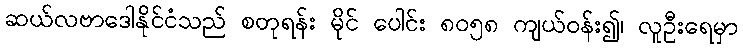
ဆယ်လဗာဒေါနိုင်ငံသည် စတုရန်း မိုင် ပေါင်း ၈၀၅၈ ကျယ်ဝန်း၍၊ လူဦးရေမှာ